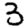
Digit: 3